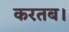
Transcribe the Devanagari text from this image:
करतब।